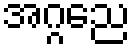
အဂ္ဂညေ